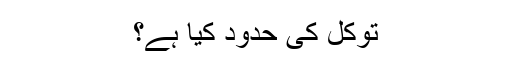
توکل کی حدود کیا ہے؟